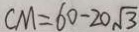
C M = 6 0 - 2 0 \sqrt { 3 }